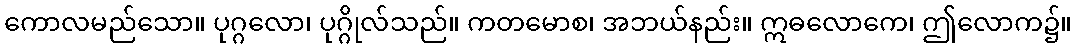
ကောလမည်သော။ ပုဂ္ဂလော၊ ပုဂ္ဂိုလ်သည်။ ကတမောစ၊ အဘယ်နည်း။ ဣဓလောကေ၊ ဤလောက၌။